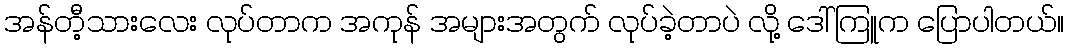
အန်တီ့သားလေး လုပ်တာက အကုန် အများအတွက် လုပ်ခဲ့တာပဲ လို့ ဒေါ်ကြူက ပြောပါတယ်။